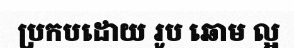
ប្រកបដោយ រូប ឆោម ល្អ